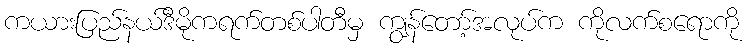
ကယားပြည်နယ်ဒီမိုကရက်တစ်ပါတီမှ ကျွန်တော့်အလုပ်က ကိုလက်စရောကို